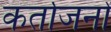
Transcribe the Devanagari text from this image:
कर्ताजनों